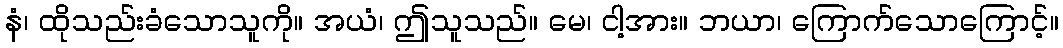
နံ၊ ထိုသည်းခံသောသူကို။ အယံ၊ ဤသူသည်။ မေ၊ ငါ့အား။ ဘယာ၊ ကြောက်သောကြောင့်။